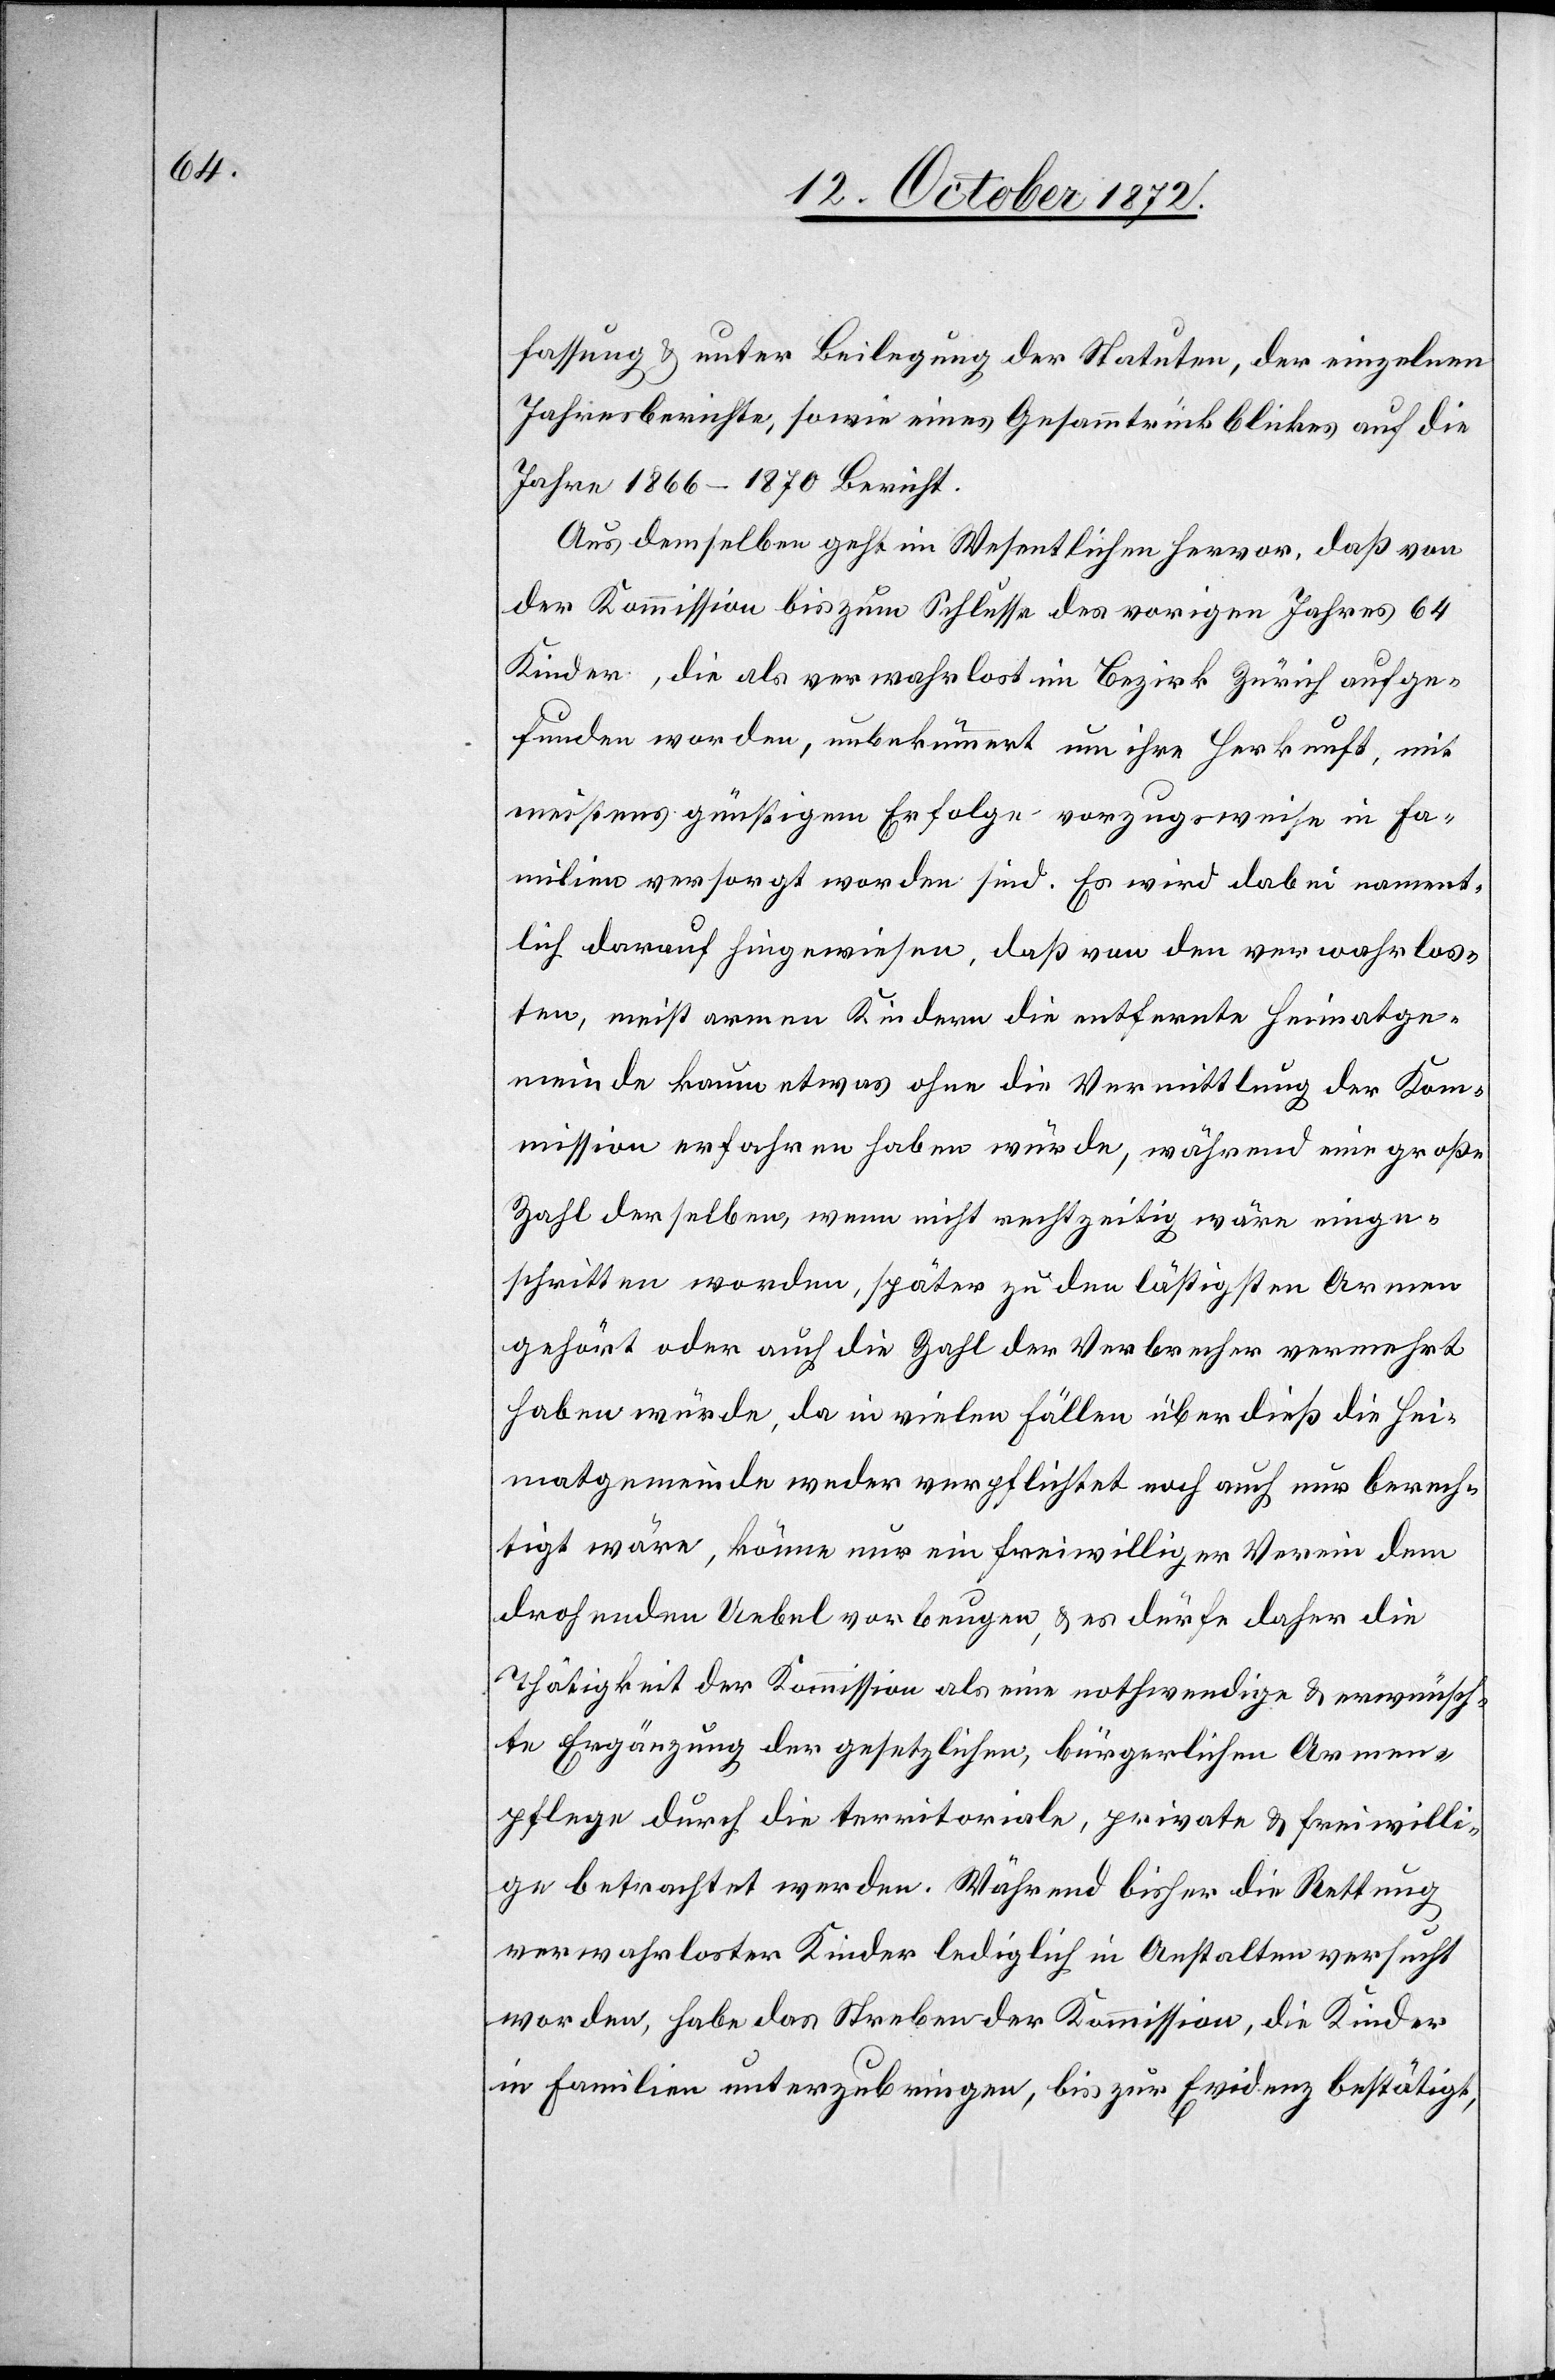
fassung u. unter Beilegung der Statuten, der einzelnen
Jahresberichte, sowie eines Gesammtrückblickes auf die
Jahre 1866–1870 Bericht.
Aus demselben geht im Wesentlichen hervor, daß von
der Kommission bis zum Schlusse des vorigen Jahres 64
Kinder, die als verwahrlost im Bezirk Zürich aufge¬
funden worden, unbekümmert um ihre Herkunft, mit
meistens günstigem Erfolge vorzugsweise in Fa¬
milien versorgt worden sind. Es wird dabei nament¬
lich darauf hingewiesen, daß von den verwahrlos¬
ten, meist armen Kindern die entfernte Heimatge¬
meinde kaum etwas ohne die Vermittlung der Kom¬
mission erfahren haben würde, während eine große
Zahl derselben, wenn nicht rechtzeitig wäre einge¬
schritten worden, später zu den lästigsten Armen
gehört oder auch die Zahl der Verbrecher vermehrt
haben würde, da in vielen Fällen über dieß die Hei¬
matgemeinde weder verpflichtet noch auch nur berech¬
tigt wäre, könne nur ein freiwilliger Verein dem
drohenden Uebel vorbeugen, u. es dürfe daher die
Thätigkeit der Kommission als eine nothwendige u. erwünsch¬
te Ergänzung der gesetzlichen, bürgerlichen Armen¬
pflege durch die territoriale, private u. freiwilli¬
ge betrachtet werden. Während bisher die Rettung
verwahrloster Kinder lediglich in Anstalten versucht
worden, habe das Streben der Kommission, die Kinder
in Familien unterzubringen, bis zur Evidenz bestätigt,